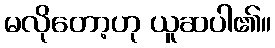
မလိုတော့ဟု ယူဆပါ၏။